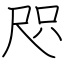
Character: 咫